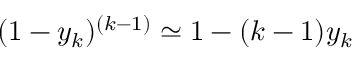
( 1 - y _ { k } ) ^ { ( k - 1 ) } \simeq 1 - ( k - 1 ) y _ { k }